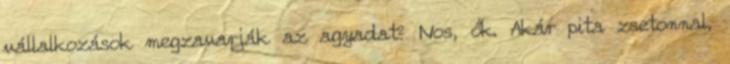
vállalkozások megzavarják az agyadat? Nos, ők. Akár pita zsetonnal,